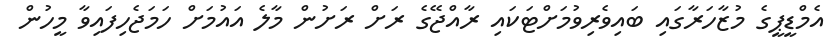
އެމްޑީޕީގެ މުޒާހަރާގައި ބައިވެރިވުމަށްޓަކައި ރާއްޖޭގެ ރަށް ރަށުން މާލެ އައުމަށް ހަމަޖެހިފައިވާ މީހުން